Calcutta medical institutions reports 1879-81 [i.e.91]
Year: 1879
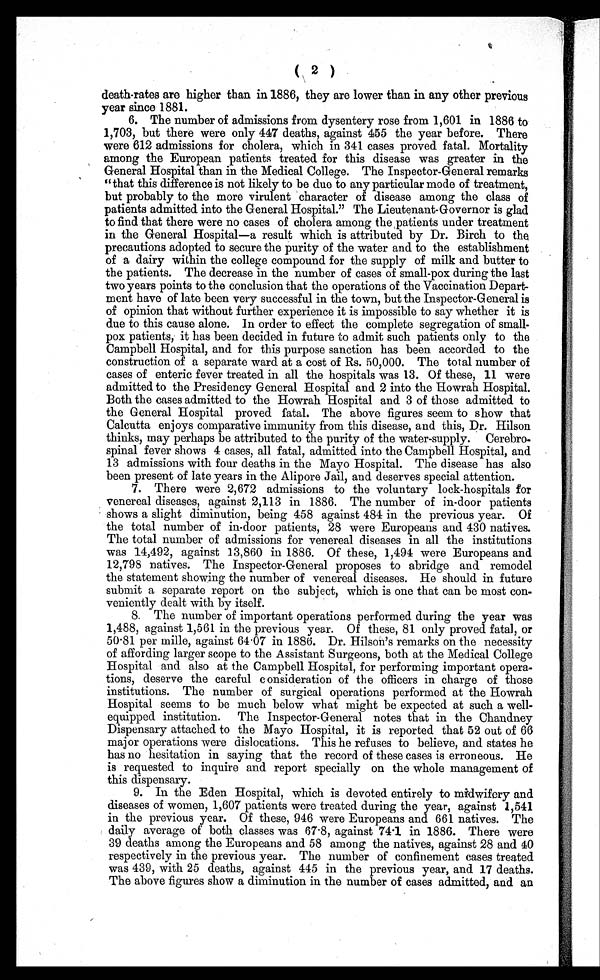
( 2 )
death-rates are higher than in 1886, they are lower than in any other previous
year since 1881.
6. The number of admissions from dysentery rose from 1,601 in 1886 to
1,703, but there were only 447 deaths, against 455 the year before. There
were 612 admissions for cholera, which in 341 cases proved fatal. Mortality
among the European patients treated for this disease was greater in the
General Hospital than in the Medical College. The Inspector-General remarks
"that this difference is not likely to be due to any particular mode of treatment,
but probably to the more virulent character of disease among the class of
patients admitted into the General Hospital." The Lieutenant-Governor is glad
to find that there were no cases of cholera among the patients under treatment
in the General Hospital—a result which is attributed by Dr. Birch to the
precautions adopted to secure the purity of the water and to the establishment
of a dairy within the college compound for the supply of milk and butter to
the patients. The decrease in the number of cases of small-pox during the last
two years points to the conclusion that the operations of the Vaccination Depart-
ment have of late been very successful in the town, but the Inspector-General is
of opinion that without further experience it is impossible to say whether it is
due to this cause alone. In order to effect the complete segregation of small--
pox patients, it has been decided in future to admit such patients only to the
Campbell Hospital, and for this purpose sanction has been accorded to the
construction of a separate ward at a cost of Rs. 50,000. The total number of
cases of enteric fever treated in all the hospitals was 13. Of these, 11 were
admitted to the Presidency General Hospital and 2 into the Howrah Hospital.
Both the cases admitted to the Howrah Hospital and 3 of those admitted to
the General Hospital proved fatal. The above figures seem to show that
Calcutta enjoys comparative immunity from this disease, and this, Dr. Hilson
thinks, may perhaps be attributed to the purity of the water-supply. Cerebro-
spinal fever shows 4 cases, all fatal, admitted into the Campbell Hospital, and
13 admissions with four deaths in the Mayo Hospital. The disease has also
been present of late years in the Alipore Jail, and deserves special attention.
7. There were 2,672 admissions to the voluntary lock-hospitals for
venereal diseases, against 2,113 in 1886. The number of in-door patients
shows a slight diminution, being 458 against 484 in the previous year. Of
the total number of in-door patients, 28 were Europeans and 430 natives.
The total number of admissions for venereal diseases in all the institutions
was 14,492, against 13,860 in 1886. Of these, 1,494 were Europeans and
12,798 natives. The Inspector-General proposes to abridge and remodel
the statement showing the number of venereal diseases. He should in future
submit a separate report on the subject, which is one that can be most con-
- v e n i e n t l y d e a l t w i t h b y i t s e l f .
8. The number of important operations performed during the year was
1,488, against 1,561 in the previous year. Of these, 81 only proved fatal, or
50.81 per mille, against 64.07 in 1886. Dr. Hilson's remarks on the necessity
of affording larger scope to the Assistant Surgeons, both at the Medical College
Hospital and also at the Campbell Hospital, for performing important opera--
tions, deserve the careful consideration of the officers in charge of those
institutions. The number of surgical operations performed at the Howrah
Hospital seems to be much below what might be expected at such a well-
equipped institution. The Inspector-General notes that in the Chandney
Dispensary attached to the Mayo Hospital, it is reported that 52 out of 66
major operations were dislocations. This he refuses to believe, and states he
has no hesitation in saying that the record of these cases is erroneous. He
is requested to inquire and report specially on the whole management of
this dispensary.
9. In the Eden Hospital, which is devoted entirely to midwifery and
diseases of women, 1,607 patients were treated during the year, against 1,541
in the previous year. Of these, 946 were Europeans and 661 natives. The
daily average of both classes was 67 .8, against 74.1 in 1886. There were
39 deaths among the Europeans and 58 among the natives, against 28 and 40
respectively in the previous year. The number of confinement cases treated
was 439, with 25 deaths, against 445 in the previous year, and 17 deaths.
The above figures show a diminution in the number of cases admitted, and an